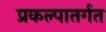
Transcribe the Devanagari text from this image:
प्रकल्पातर्गत